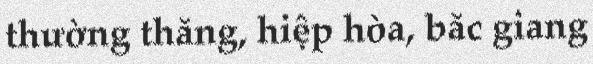
thường thắng, hiệp hòa, bắc giang